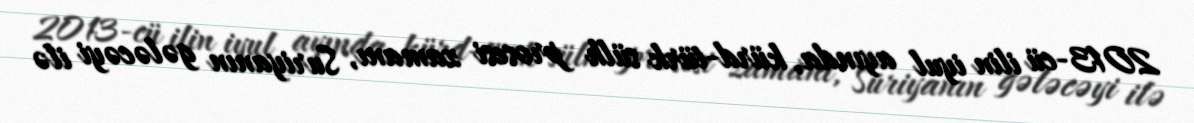
2013-cü ilin iyul ayında, kürd-türk sülh prosesi zamanı, Suriyanın gələcəyi ilə